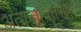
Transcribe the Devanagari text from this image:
अत्यन्तचित्तपक्वस्य